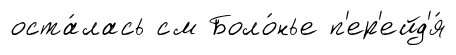
оста́лась см Боло́нье п'ер'ейд'я́